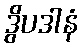
ဒွိပဒါနံ